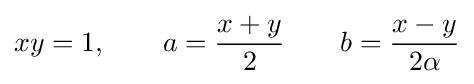
xy=1,\qquad a={\frac {x+y}{2}}\qquad b={\frac {x-y}{2\alpha }}